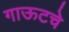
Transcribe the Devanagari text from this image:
गाऊटचे